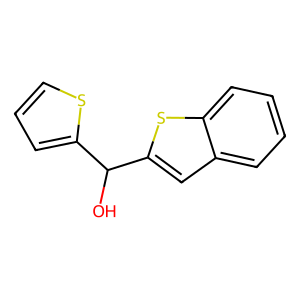
SMILES: OC(c1cccs1)c1cc2ccccc2s1
Inhibits HIV replication: No